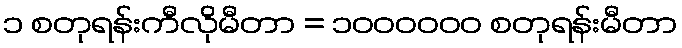
၁ စတုရန်းကီလိုမီတာ = ၁၀၀၀၀၀၀ စတုရန်းမီတာ